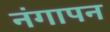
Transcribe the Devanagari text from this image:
नंगापन